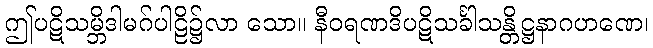
ဤပဋိသမ္ဘိဒါမဂ်ပါဠိ၌လာ သော။ နီဝရဏဒိပဋိသင်္ခါသန္တိဋ္ဌနာဂဟဏေ၊